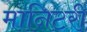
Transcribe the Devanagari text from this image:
मानिटरी